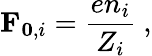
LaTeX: \mathbf{F}_{\mathbf{0},i}=\frac{en_{i}}{Z_{i}}\ ,